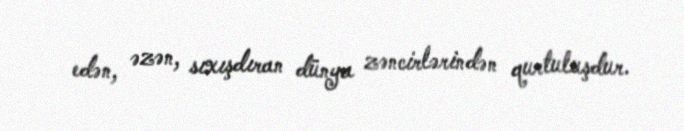
edən, əzən, sıxışdıran dünya zəncirlərindən qurtuluşdur.